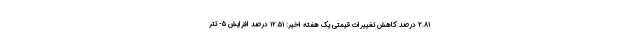
۲.۸۱ درصد کاهش تغییرات قیمتی یک هفته اخیر: ۱۲.۵۱ درصد افزایش ۵- تتر